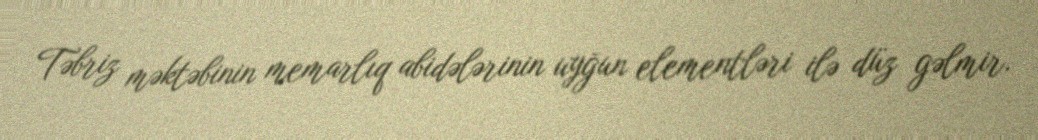
Təbriz məktəbinin memarlıq abidələrinin uyğun elementləri ilə düz gəlmir.